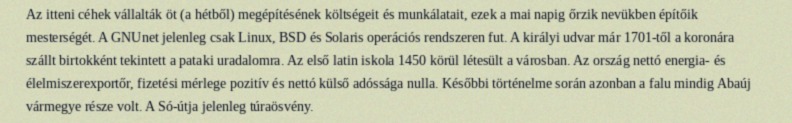
Az itteni céhek vállalták öt (a hétből) megépítésének költségeit és munkálatait, ezek a mai napig őrzik nevükben építőik mesterségét. A GNUnet jelenleg csak Linux, BSD és Solaris operációs rendszeren fut. A királyi udvar már 1701-től a koronára szállt birtokként tekintett a pataki uradalomra. Az első latin iskola 1450 körül létesült a városban. Az ország nettó energia- és élelmiszerexportőr, fizetési mérlege pozitív és nettó külső adóssága nulla. Későbbi történelme során azonban a falu mindig Abaúj vármegye része volt. A Só-útja jelenleg túraösvény.